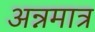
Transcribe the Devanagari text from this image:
अन्नमात्र